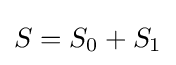
{\textstyle S=S_{0}+S_{1}}